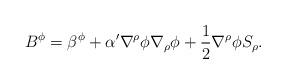
LaTeX: \begin{align*}B^{\phi} = \beta^{\phi} +{\alpha}' {\nabla}^{\rho}\phi {\nabla}_{\rho} \phi + \frac{1}{2} {\nabla}^{\rho} \phi S_{\rho}.\end{align*}